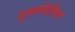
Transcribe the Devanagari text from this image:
गुरुगोडीचा